Report on vaccination in the Province of Bengal - 1874-1889
Year: 1874
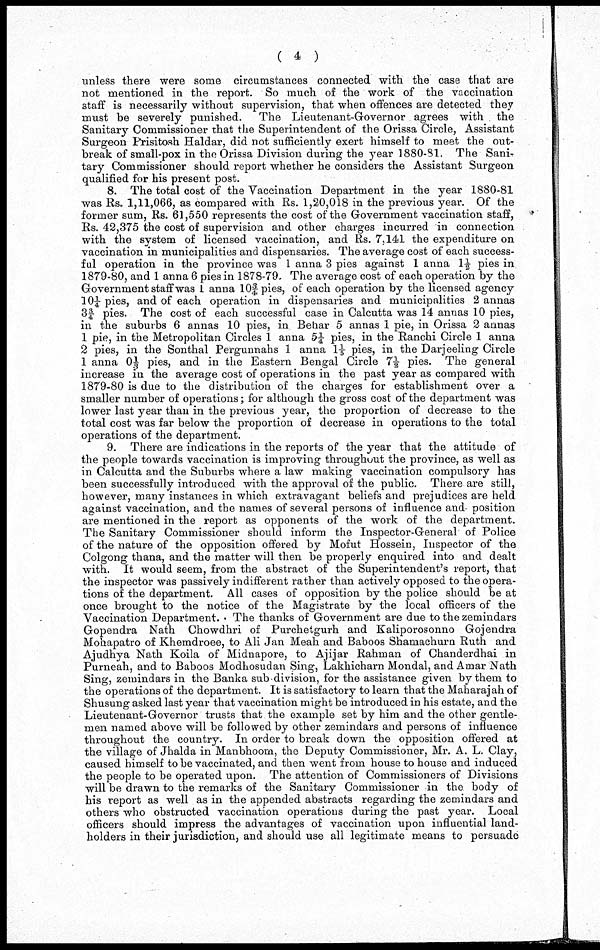
( 4 )
unless there were some circumstances connected with the case that are
not mentioned in the report. So much of the work of the vaccination
staff is necessarily without supervision, that when offences are detected they
must be severely punished. The Lieutenant-Governor agrees with the
Sanitary Commissioner that the Superintendent of the Orissa Circle, Assistant
Surgeon Prisitosh Haldar, did not sufficiently exert himself to meet the out-
break of small-pox in the Orissa Division during the year 1880-81. The Sani¬
tary Commissioner should report whether he considers the Assistant Surgeon
qualified for his present post.
8. The total cost of the Vaccination Department in the year 1880-81
was Rs. 1,11,066, as compared with Rs. 1,20,018 in the previous year. Of the
former sum, Rs. 61,550 represents the cost of the Government vaccination staff,
Rs. 42,375 the cost of supervision and other charges incurred in connection
with the system of licensed vaccination, and Rs. 7,141 the expenditure on
vaccination in municipalities and dispensaries. The average cost of each success-
ful operation in the province was 1 anna 3 pies against 1 anna 1½ pies in
1879-80, and 1 anna 6 pies in 1878-79. The average cost of each operation by the
Government staff was 1 anna 10¾ pies, of each operation by the licensed agency
10¼ pies, and of each operation in dispensaries and municipalities 2 annas
3¾ pies. The cost of each successful case in Calcutta was 14 annas 10 pies,
in the suburbs 6 annas 10 pies, in Behar 5 annas 1 pie, in Orissa 2 annas
1 pie, in the Metropolitan Circles 1 anna 5¼ pies, in the Ranchi Circle 1 anna
2 pies, in the Sonthal Pergunnahs 1 anna 1 1/5 pies, in the Darjeeling Circle
1 anna 01/3 pies, and in the Eastern Bengal Circle 7½ pies. The general
increase in the average cost of operations in the past year as compared with
1879-80 is due to the distribution of the charges for establishment over a
smaller number of operations; for although the gross cost of the department was
lower last year than in the previous year, the proportion of decrease to the
total cost was far below the proportion of decrease in operations to the total
operations of the department.
9. There are indications in the reports of the year that the attitude of
the people towards vaccination is improving throughout the province, as well as
in Calcutta and the Suburbs where a law making vaccination compulsory has
been successfully introduced with the approval of the public. There are still,
however, many instances in which extravagant beliefs and prejudices are held
against vaccination, and the names of several persons of influence and- position
are mentioned in the report as opponents of the work of the department.
The Sanitary Commissioner should inform the Inspector-General of Police
of the nature of the opposition offered by Mofut Hossein, Inspector of the
Colgong thana, and the matter will then be properly enquired into and dealt
with. It would seem, from the abstract of the Superintendent's report, that
the inspector was passively indifferent rather than actively opposed to the opera-
tions of the department. All cases of opposition by the police should be at
once brought to the notice of the Magistrate by the local officers of the
Vaccination Department. . The thanks of Government are due to the zemindars
Gopendra Nath Chowdhri of Purchetgurh and Kaliporosonno Gojendra
Mohapatro of Khemdroee, to Ali Jan Meah and Baboos Shamachurn Ruth and
Ajudhya Nath Koila of Midnapore, to Ajijar Rahman of Chanderdhai in
Purneah, and to Baboos Modhosudan Sing, Lakhicharn Mondal, and Amar Nath
Sing, zemindars in the Banka sub division, for the assistance given by them to
the operations of the department. It is satisfactory to learn that the Maharajah of
Shusung asked last year that vaccination might be introduced in his estate, and the
Lieutenant-Governor trusts that the example set by him and the other gentle-
men named above will be followed by other zemindars and persons of influence
throughout the country. In order to break down the opposition offered at
the village of Jhalda in Manbhoom, the Deputy Commissioner, Mr. A. L. Clay,
caused himself to be vaccinated, and then went from house to house and induced
the people to be operated upon. The attention of Commissioners of Divisions
will be drawn to the remarks of the Sanitary Commissioner in the body of
his report as well as in the appended abstracts regarding the zemindars and
others who obstructed vaccination operations during the past year. Local
officers should impress the advantages of vaccination upon influential land-
holders in their jurisdiction, and should use all legitimate means to persuade